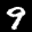
Label: 9